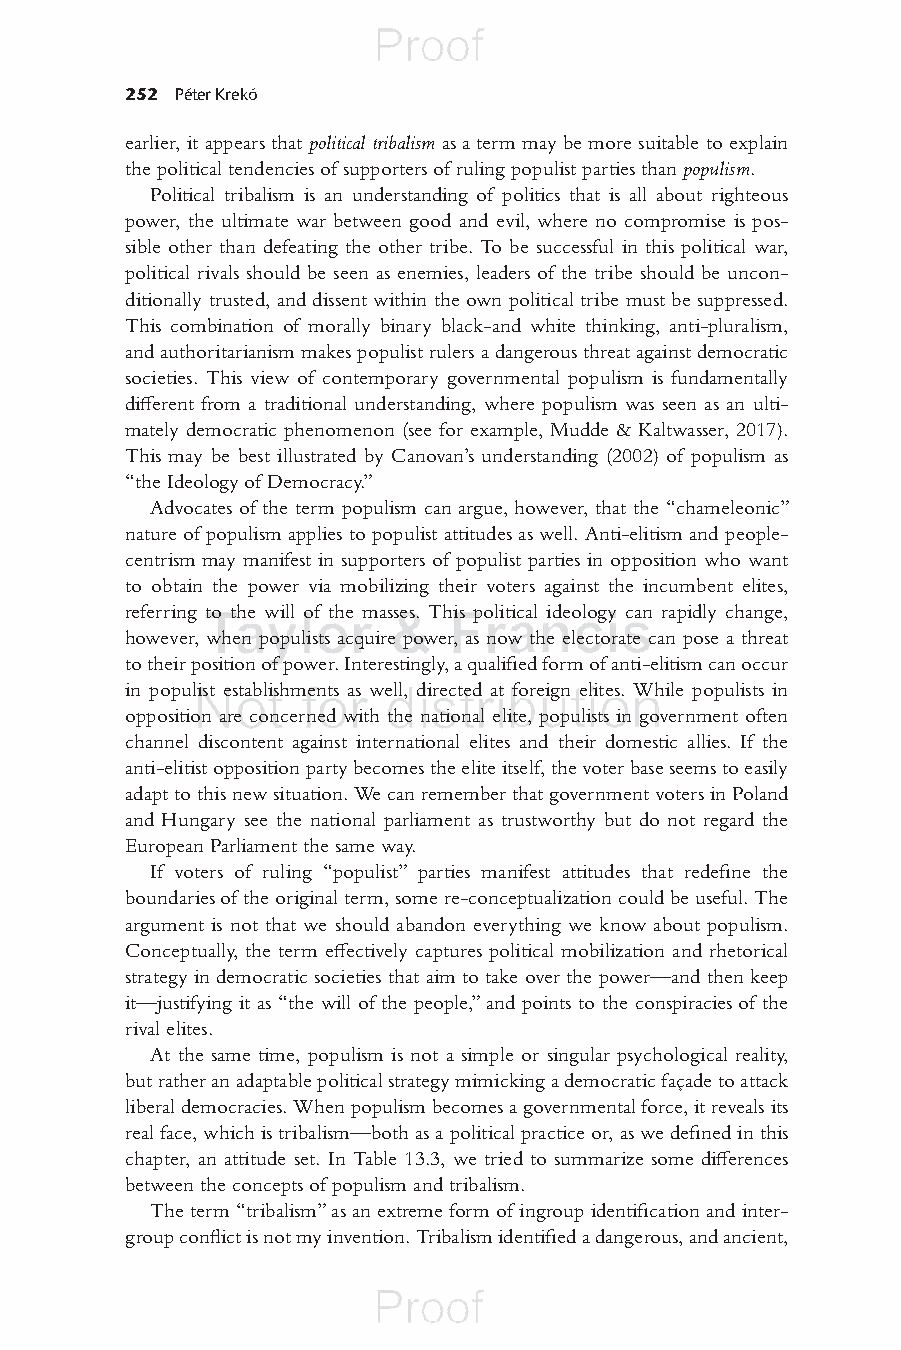
252 Péter Krekó
 earlier, it appears that p olitical tribalism as a term may be more suitable to explain
 the political tendencies of supporters of ruling populist parties than populism .
 Political tribalism is an understanding of politics that is all about righteous
 power, the ultimate war between good and evil, where no compromise is pos-
 sible other than defeating the other tribe. To be successful in this political war,
 political rivals should be seen as enemies, leaders of the tribe should be uncon-
 ditionally trusted, and dissent within the own political tribe must be suppressed.
 This combination of morally binary black-and white thinking, anti-pluralism,
 and authoritarianism makes populist rulers a dangerous threat against democratic
 societies. This view of contemporary governmental populism is fundamentally
 diff erent from a traditional understanding, where populism was seen as an ulti-
 mately democratic phenomenon (see for example, Mudde & Kaltwasser, 2017).
 This may be best illustrated by Canovan’s understanding ( 2002 ) of populism as
 “the Ideology of Democracy.”
 Advocates of the term populism can argue, however, that the “chameleonic”
 nature of populism applies to populist attitudes as well. Anti-elitism and people-
 centrism may manifest in supporters of populist parties in opposition who want
 to obtain the power via mobilizing their voters against the incumbent elites,
 referring to the will of the masses. This political ideology can rapidly change,
 however, when populists acquire power, as now the electorate can pose a threat
 to their position of power. Interestingly, a qualifi ed form of anti-elitism can occur
 in populist establishments as well, directed at foreign elites. While populists in
 opposition are concerned with the national elite, populists in government often
 channel discontent against international elites and their domestic allies. If the
 anti-elitist opposition party becomes the elite itself, the voter base seems to easily
 adapt to this new situation. We can remember that government voters in Poland
 and Hungary see the national parliament as trustworthy but do not regard the
 European Parliament the same way.
 If voters of ruling “populist” parties manifest attitudes that redefi ne the
 boundaries of the original term, some re-conceptualization could be useful. The
 argument is not that we should abandon everything we know about populism.
 Conceptually, the term eff ectively captures political mobilization and rhetorical
 strategy in democratic societies that aim to take over the power—and then keep
 it—justifying it as “the will of the people,” and points to the conspiracies of the
 rival elites.
 At the same time, populism is not a simple or singular psychological reality,
 but rather an adaptable political strategy mimicking a democratic façade to attack
 liberal democracies. When populism becomes a governmental force, it reveals its
 real face, which is tribalism—both as a political practice or, as we defi ned in this
 chapter, an attitude set. In Table 13.3, we tried to summarize some diff erences
 between the concepts of populism and tribalism.
 The term “tribalism” as an extreme form of ingroup identifi cation and inter-
 group confl ict is not my invention. Tribalism identifi ed a dangerous, and ancient,